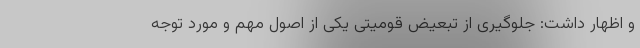
و اظهار داشت: جلوگیری از تبعیض قومیتی یکی از اصول مهم و مورد توجه